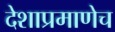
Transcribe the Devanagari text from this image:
देशाप्रमाणेच